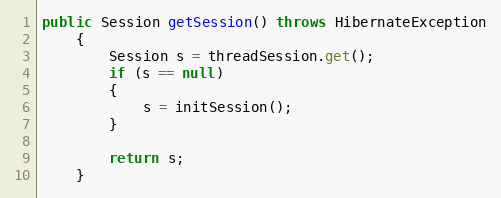
Language: Java
public Session getSession() throws HibernateException
    {
        Session s = threadSession.get();
        if (s == null)
        {
            s = initSession();
        }

        return s;
    }